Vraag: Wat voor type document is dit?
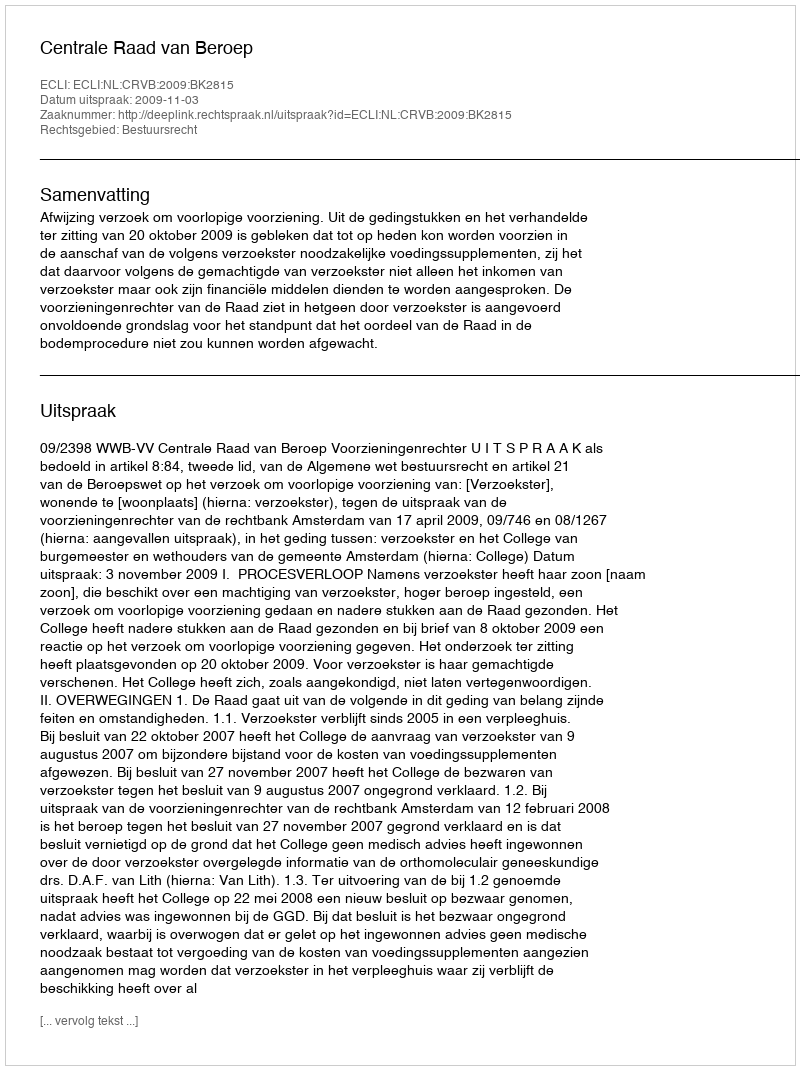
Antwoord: Uitspraak